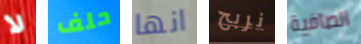
لا حلف انها نربح الصافية